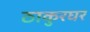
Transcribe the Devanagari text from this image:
ठाकुरघर